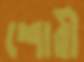
শোরী